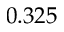
0 . 3 2 5